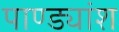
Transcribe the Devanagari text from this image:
पाण्ड्यांश